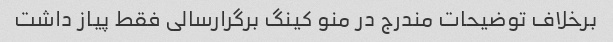
برخلاف توضیحات مندرج در منو کینگ برگرارسالی فقط پیاز داشت